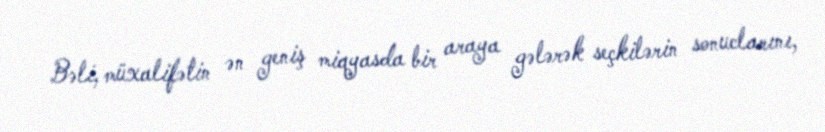
Bəli, müxalifətin ən geniş miqyasda bir araya gələrək seçkilərin sonuclarını,